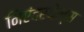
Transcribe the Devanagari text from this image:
निएंदरथेल्स